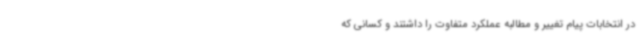
در انتخابات پیام تغییر و مطالبه عملکرد متفاوت را داشتند و کسانی که